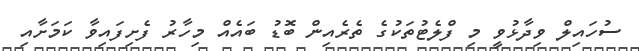
ސުހައިލް ވިދާޅުވީ މި ފްލެޓުތަކުގެ ތެރެއިން ބޮޑު ބައެއް މިހާރު ފެށިފައިވާ ކަމަށާއި